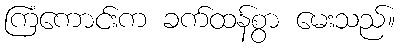
ကြံကောင်းက ခက်ထန်စွာ မေးသည်။